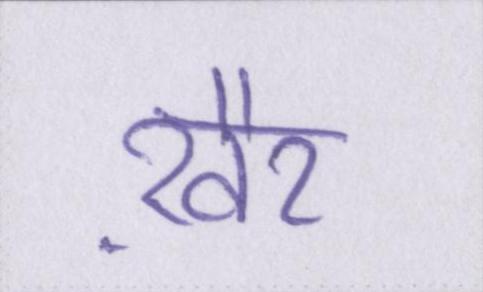
ख़ैर